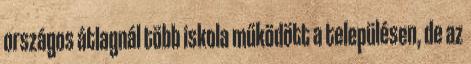
országos átlagnál több iskola működött a településen, de az